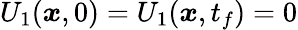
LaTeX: U_{1}({\boldsymbol{x}},0)=U_{1}({\boldsymbol{x}},t_{f})=0